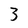
Character: 3